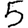
Digit: 5